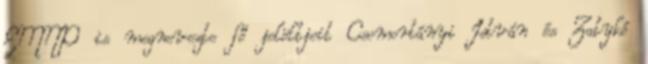
EMNP is megnevezte fő jelöltjeit Csomortányi István és Zatykó